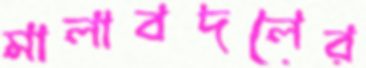
মালাবদলের